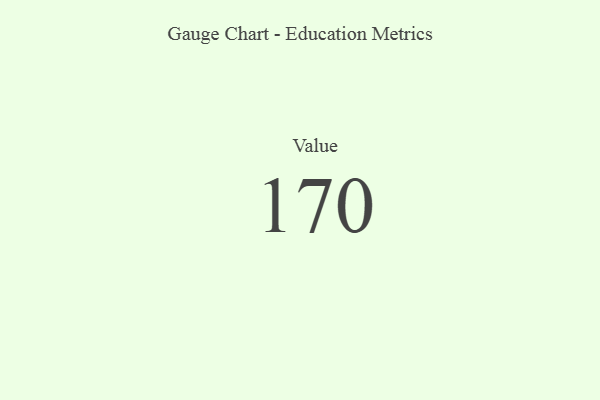
{"axis": {"x": "Metric", "y": "Value"}, "legend": [""], "data": [{"x": "Value", "y": 170, "type": ""}]}